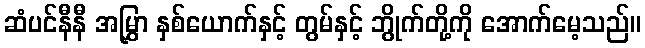
ဆံပင်နီနီ အမြွှာ နှစ်ယောက်နှင့် တွမ်နှင့် ဘွိုက်တို့ကို အောက်မေ့သည်။